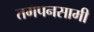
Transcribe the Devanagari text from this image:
तगपनसामी